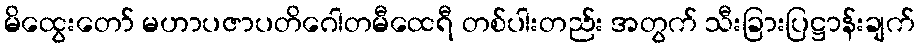
မိထွေးတော် မဟာပဇာပတိဂေါတမီထေရီ တစ်ပါးတည်း အတွက် သီးခြားပြဋ္ဌာန်းချက်